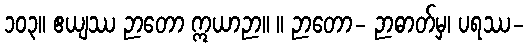
၁၀၃။ ဧယျဿ ဉာတော ဣယာဉာ။ ။ ဉာတော- ဉာဓာတ်မှ၊ ပရဿ-